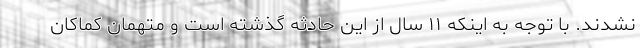
نشدند. با توجه به اینکه ۱۱ سال از این حادثه گذشته است و متهمان کماکان